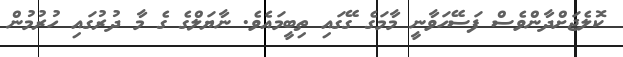
ކޮލެޖަށްދާންވެސް ފަސޭހަވާނީ މާމަގެ ގޭގައި ތިބީމައެވެ. ނާޔަލްގެ ގެ މާ ދުރުގައި ހުރުމުން